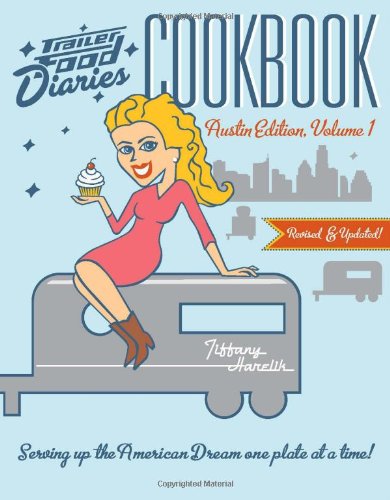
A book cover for Trailer Food Diaries Cookbook:: Austin Edition, Volume 1 (American Palate); Tiffany Harelik; Cookbooks, Food & Wine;